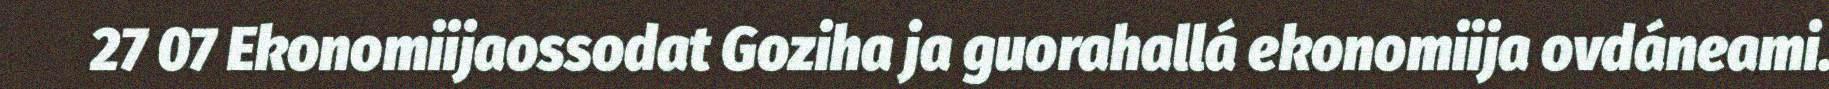
27 07 Ekonomiijaossodat Goziha ja guorahallá ekonomiija ovdáneami.